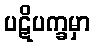
ပဋိပက္ခမှာ